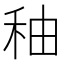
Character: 秞